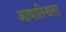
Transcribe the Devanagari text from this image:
आधारिशला